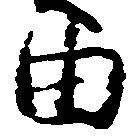
由